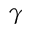
\gamma